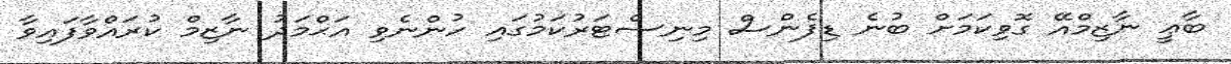
ބާޢީ ނާޒިމްއޭ ގޮވިކަމަށް ބުނެ ޑިފެންސް މިނިސްޓަރުކަމުގައި ހުންނެވި އަޙްމަދު ނާޒިމް ކުރައްވާފައިވާ